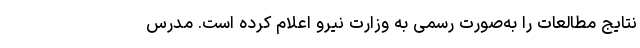
نتایج مطالعات را به‌صورت رسمی به وزارت نیرو اعلام کرده است. مدرس